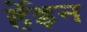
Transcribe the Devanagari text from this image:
र्हेइन